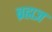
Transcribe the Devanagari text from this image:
ब्रह्मज्ञ